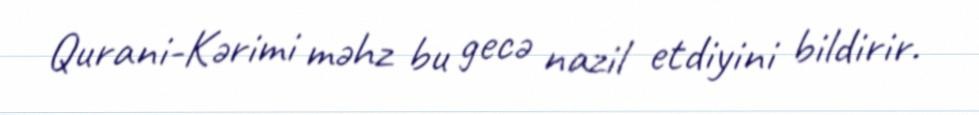
Qurani-Kərimi məhz bu gecə nazil etdiyini bildirir.